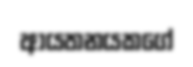
ආයතනයකගේ